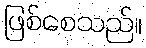
ဖြစ်စေသည်။